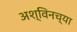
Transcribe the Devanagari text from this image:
अश्विनच्या